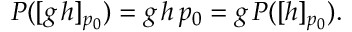
\begin{array} { r } { P ( [ g \, h ] _ { p _ { 0 } } ) = g \, h \, p _ { 0 } = g \, P ( [ h ] _ { p _ { 0 } } ) . } \end{array}